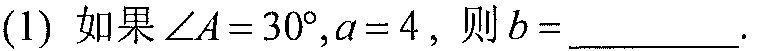
(1) 如果\(\angle A = 30^{\circ},a = 4\)，则\(b =\)  ．